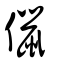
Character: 𠏙